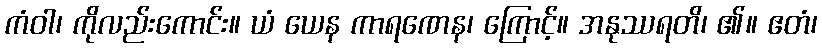
ကံဝါ၊ ကိုလည်းကောင်း။ ယံ ယေန ကာရဏေန၊ ကြောင့်။ အနုဿရတိ၊ ၏။ ဧတံ၊